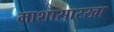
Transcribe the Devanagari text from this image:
माशासारखा